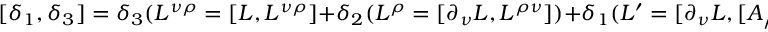
[ \delta _ { 1 } , \delta _ { 3 } ] = \delta _ { 3 } ( L ^ { \nu \rho } = [ L , L ^ { \nu \rho } ] + \delta _ { 2 } ( L ^ { \rho } = [ \partial _ { \nu } L , L ^ { \rho \nu } ] ) + \delta _ { 1 } ( L ^ { \prime } = [ \partial _ { \nu } L , [ A _ { \rho } , 2 L ^ { [ \nu \rho ] } ] ] ) .